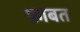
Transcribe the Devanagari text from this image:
फ़ाबत